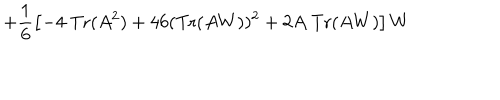
+ \frac 1 6 \left[ - 4 \ \mathrm { T r } ( A ^ { 2 } ) + 4 6 ( \mathrm { T r } ( A W ) ) ^ { 2 } + 2 A \ \mathrm { T r } ( A W ) \right] W